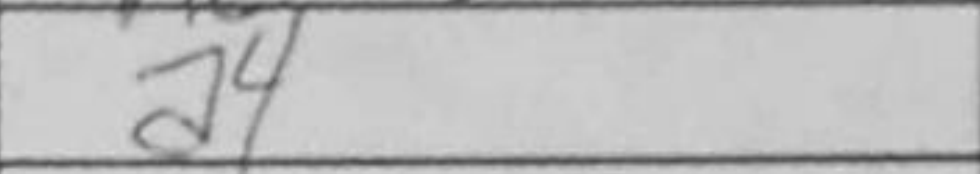
Transcription: a4